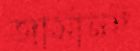
জার্মানই